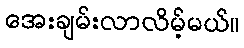
အေးချမ်းလာလိမ့်မယ်။